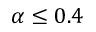
\alpha \le 0 . 4